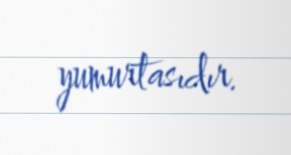
yumurtasıdır.